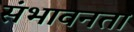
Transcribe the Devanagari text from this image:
संभावनता